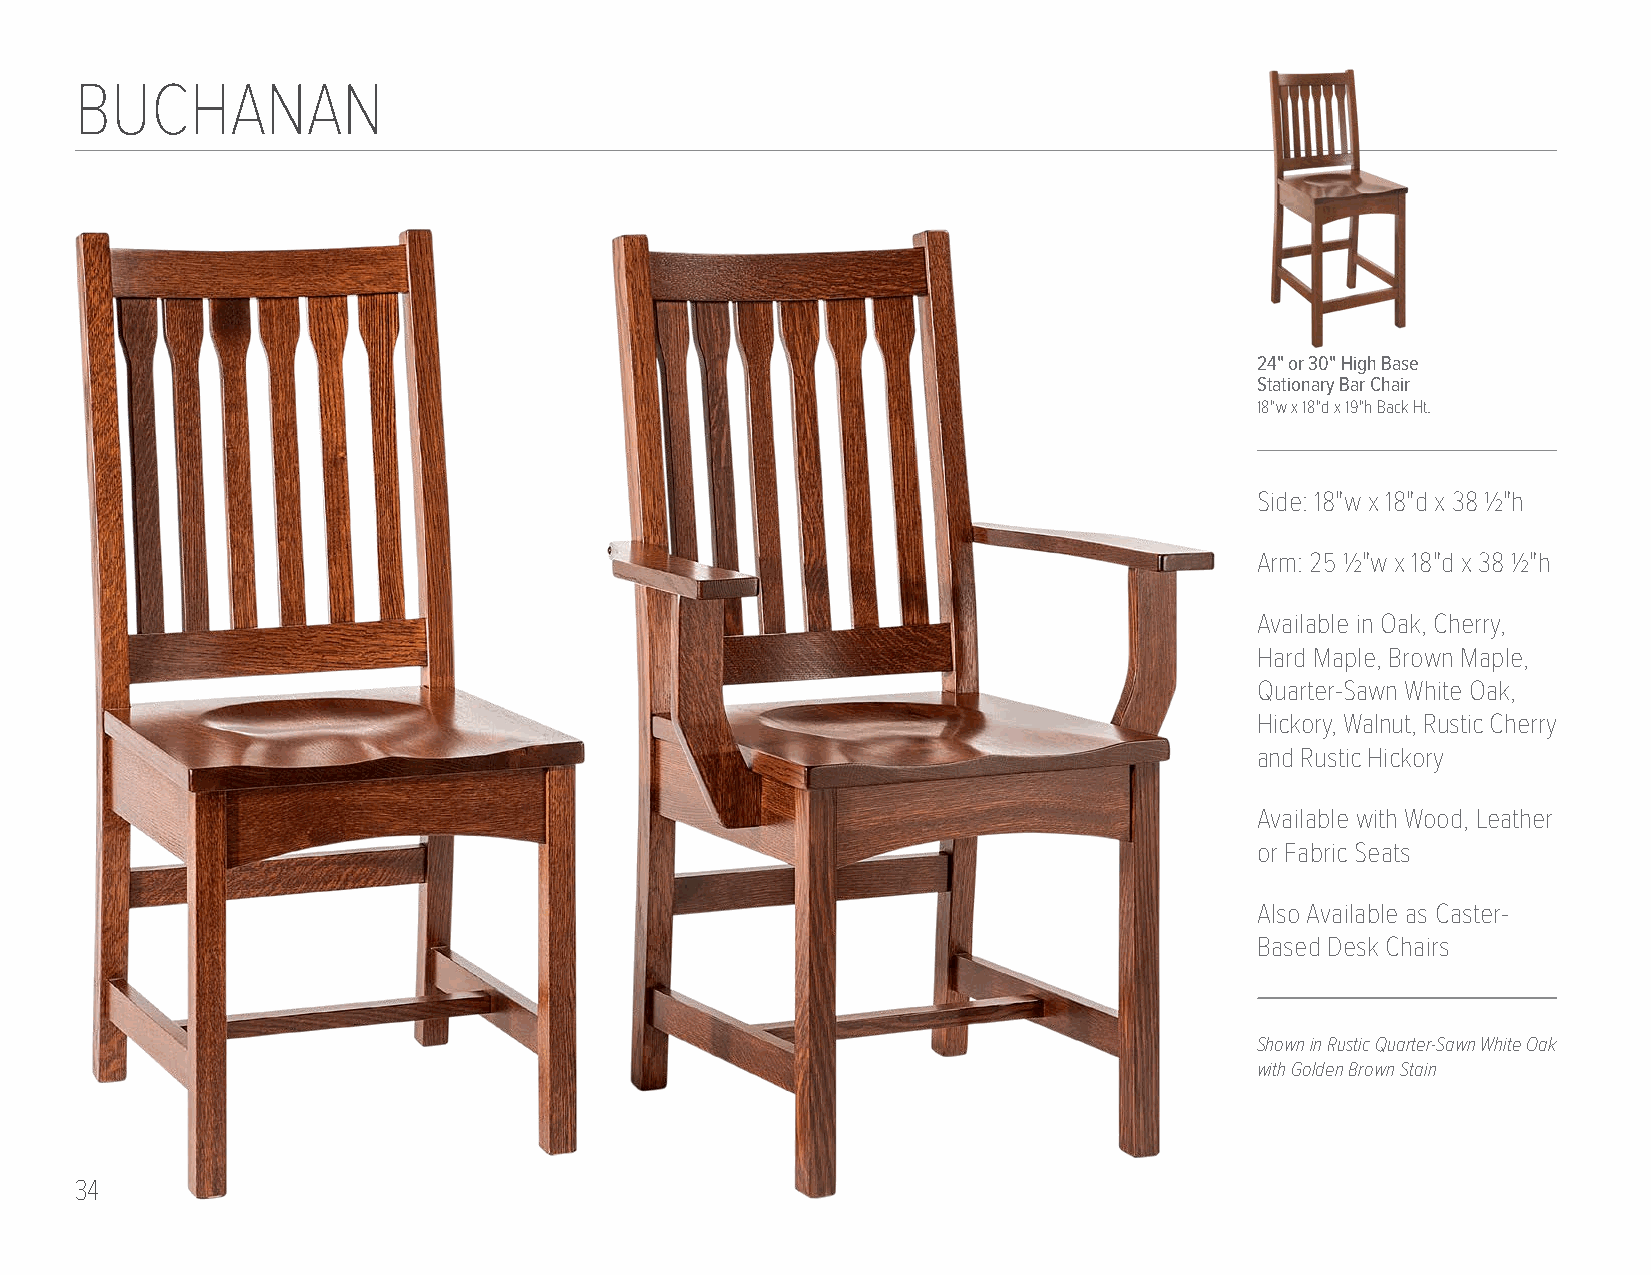
BUCHANAN
 24" or 30" High Base
 Stationary Bar Chair
 18"w x 18"d x 19"h Back Ht.
 Side: 18"w x 18"d x 38 1/2"h
 Arm: 25 1/2"w x 18"d x 38 1/2"h
 Available in Oak, Cherry,
 Hard Maple, Brown Maple,
 Quarter-Sawn White Oak,
 Hickory, Walnut, Rustic Cherry
 and Rustic Hickory
 Available with Wood, Leather
 or Fabric Seats
 Also Available as Caster-
 Based Desk Chairs
 Shown in Rustic Quarter-Sawn White Oak
 with Golden Brown Stain
 34